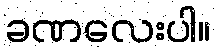
ခဏလေးပါ။